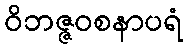
ဝိဘဇ္ဇဝစနာပရံ